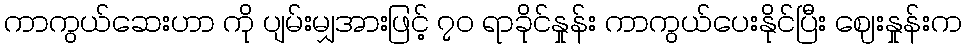
ကာကွယ်ဆေးဟာ ကို ပျမ်းမျှအားဖြင့် ၇၀ ရာခိုင်နှုန်း ကာကွယ်ပေးနိုင်ပြီး ဈေးနှုန်းက